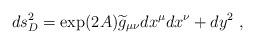
LaTeX: \begin{align*}ds_D^2=\exp(2A){\widetilde g}_{\mu\nu} dx^\mu dx^\nu+dy^2~,\end{align*}